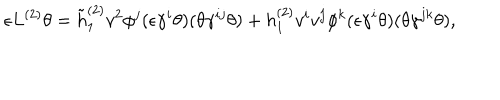
LaTeX: \epsilon L ^ { ( 2 ) } \theta = \tilde { h } _ { 1 } ^ { ( 2 ) } v ^ { 2 } \phi ^ { j } ( \epsilon \gamma ^ { i } \theta ) ( \theta \gamma ^ { i j } \theta ) + h _ { 1 } ^ { ( 2 ) } v ^ { i } v ^ { j } \phi ^ { k } ( \epsilon \gamma ^ { i } \theta ) ( \theta \gamma ^ { j k } \theta ) ,